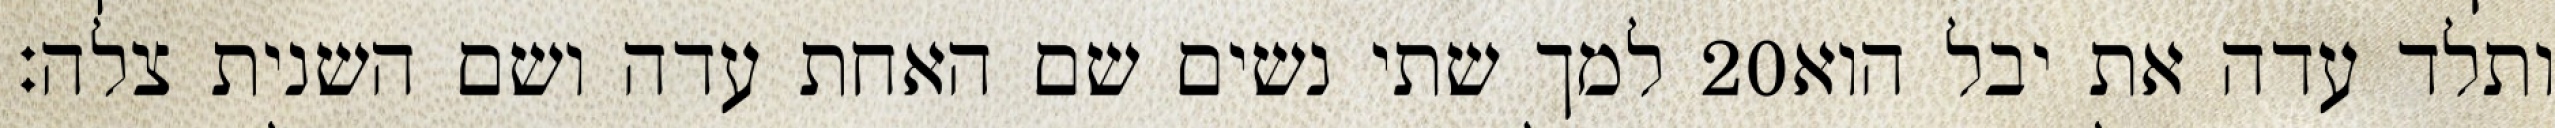
למך שתי נשים שם האחת עדה ושם השנית צלה׃ ‎20‏ ותלד עדה את יבל הוא